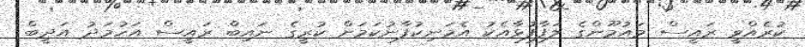
ކުރެއްވީ ރައީސް މައުމޫންގެ ލަފާފުޅާއެކު އެމަނިކުފާނުކަމަށް ކުރީގެ ނައިބް ރައީސް އަހުމަދު އަދީބް